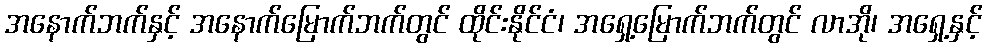
အနောက်ဘက်နှင့် အနောက်မြောက်ဘက်တွင် ထိုင်းနိုင်ငံ၊ အရှေ့မြောက်ဘက်တွင် လာအို၊ အရှေ့နှင့်